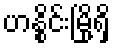
ဟနွိုင်းမြို့ရှိ